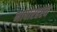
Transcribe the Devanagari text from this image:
भाषारहस्य